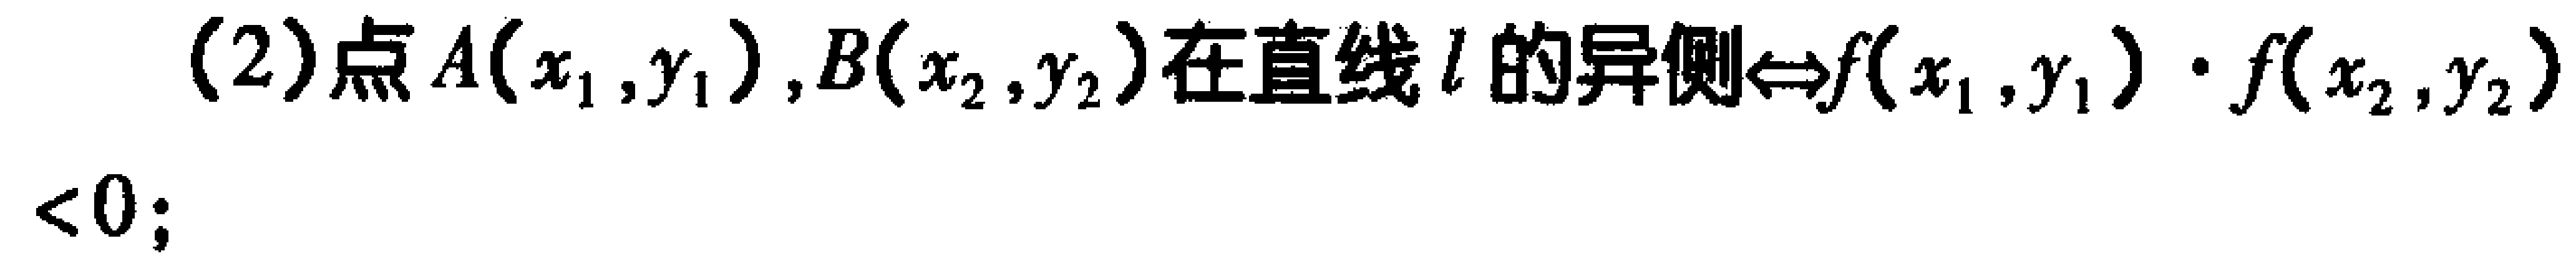
(2)点\(A(x_1,y_1),B(x_2,y_2)\)在直线\(l\)的异侧\(\Leftrightarrow f(x_1,y_1)\cdot f(x_2,y_2)<0\);